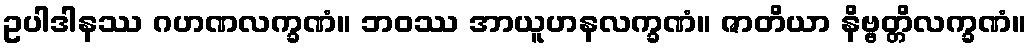
ဥပါဒါနဿ ဂဟဏလက္ခဏံ။ ဘဝဿ အာယူဟနလက္ခဏံ။ ဇာတိယာ နိဗ္ဗတ္တိလက္ခဏံ။